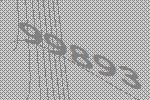
99893